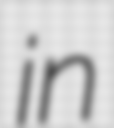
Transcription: in